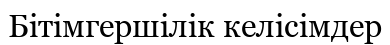
Бітімгершілік келісімдер